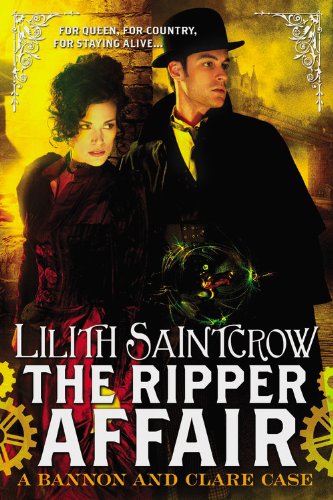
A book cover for The Ripper Affair (Bannon and Clare); Lilith Saintcrow; Science Fiction & Fantasy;